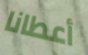
أعطانا